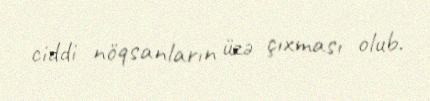
ciddi nöqsanların üzə çıxması olub.